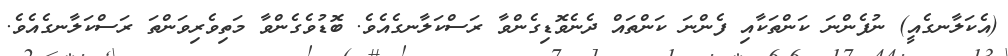
(އެކަލާނގެއީ) ނުފެންނަ ކަންތަކާއި ފެންނަ ކަންތައް ދެނެވޮޑިގެންވާ ރަސްކަލާނގެއެވެ. ބޮޑުވެގެންވާ މަތިވެރިވަންތަ ރަސްކަލާނގެއެވެ.